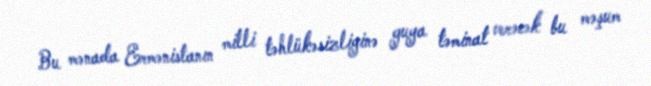
Bu mənada Ermənistanın milli təhlükəsizliyinə guya təminat verəcək bu məşum